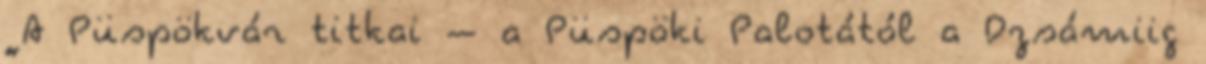
„A Püspökvár titkai – a Püspöki Palotától a Dzsámiig